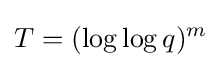
T=(\log \log q)^{m}